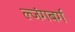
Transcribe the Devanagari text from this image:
ल्जंगबर्ग